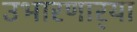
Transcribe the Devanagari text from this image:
उभारणार्‍या